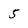
Character: 5